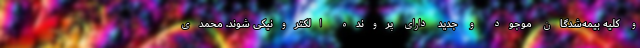
و کلیه بیمه‌شدگان موجود و جدید دارای پرونده الکترونیکی شوند. محمدی